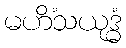
မဟိံသယုဒ္ဓံ